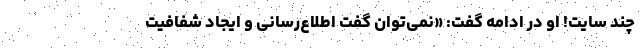
چند سایت! او در ادامه گفت: «نمی‌توان گفت اطلاع‌رسانی و ایجاد شفافیت